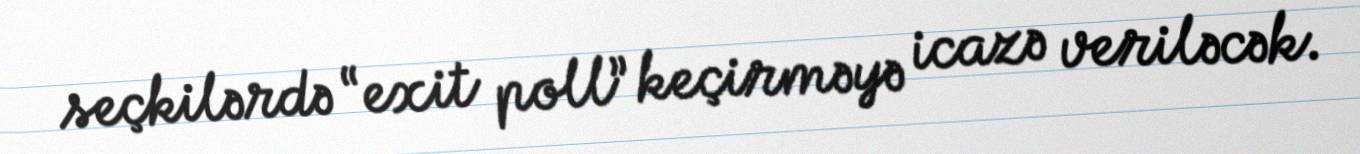
seçkilərdə “exit poll” keçirməyə icazə veriləcək.